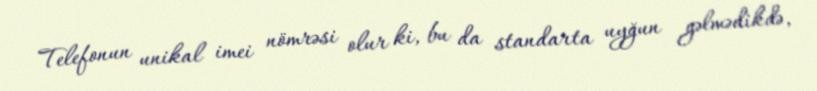
Telefonun unikal imei nömrəsi olur ki, bu da standarta uyğun gəlmədikdə,